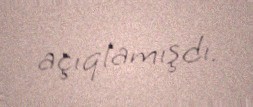
açıqlamışdı.